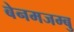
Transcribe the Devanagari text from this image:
बेनमजम्बु